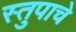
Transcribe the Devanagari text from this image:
स्तुपाचे